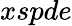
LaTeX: xspde